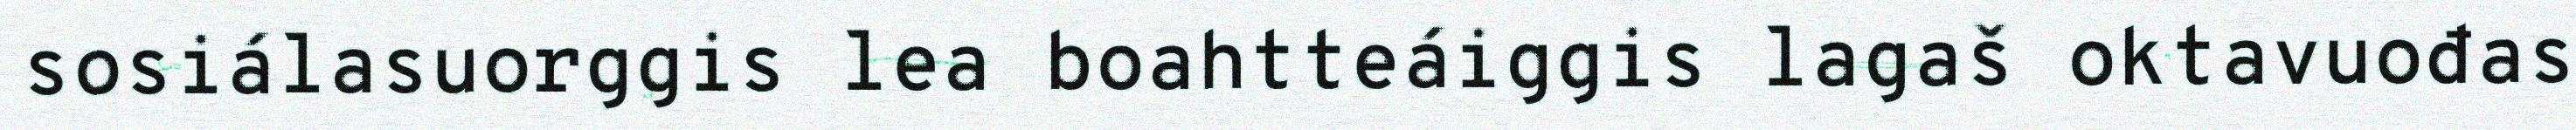
sosiálasuorggis lea boahtteáiggis lagaš oktavuođas